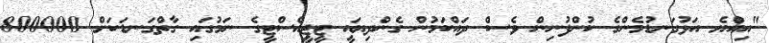
"އިއްޔެ އަޅުގަނޑުމެންގެ ކުންފުނިން ވެސް ދައްކަމުން ގެންދިޔައީ ޓީޖީއެސްޓީގެ ނަމުގައި ގާތްގަނޑަކަށް 800000